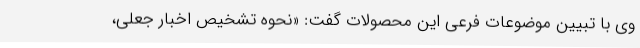
وی با تبیین موضوعات فرعی این محصولات گفت: «نحوه تشخیص اخبار جعلی،